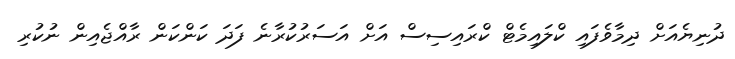
ދުނިޔެއަށް ދިމާވެފައި ކްލައިމެޓް ކްރައިސިސް އަށް އަސަރުކުރާނެ ފަދަ ކަންކަން ރާއްޖެއިން ނުކުރި